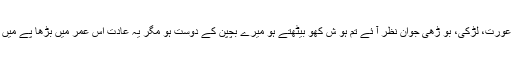
جیسے ہی کو ئی عورت، لڑکی، بو ڑھی جوان نظر آ ئے تم ہو ش کھو بیٹھتے ہو میرے بچپن کے دوست ہو مگر یہ عادت اس عمر میں بڑھا پے میں اور بڑھ گئی ہے۔